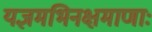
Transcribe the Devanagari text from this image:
यज्ञमभिनक्षमाणाः